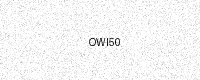
Text: OWI50